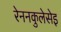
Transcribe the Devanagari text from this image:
रेननकुलेसेइ